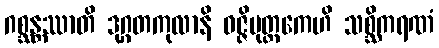
ဂစ္ဆန္တဿာတိ ဒုဂ္ဂတကုလာနိ ဝဇ္ဇိပုတ္တကေဟိ သစ္ဆိကရဏံ